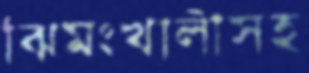
ঝিমংখালীসহ